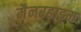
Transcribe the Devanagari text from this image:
मैनरहाइम